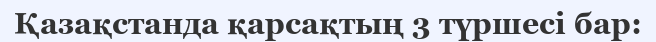
Қазақстанда қарсақтың 3 түршесі бар: